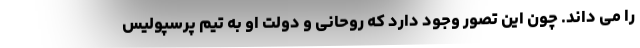
را می داند. چون این تصور وجود دارد که روحانی و دولت او به تیم پرسپولیس